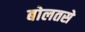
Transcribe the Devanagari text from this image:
बोलतसे